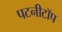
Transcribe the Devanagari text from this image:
पटनीटॉप